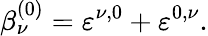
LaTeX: \beta_{\nu}^{(0)}=\varepsilon^{\nu,0}+\varepsilon^{0,\nu}.